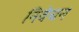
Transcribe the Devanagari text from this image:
निवेचन